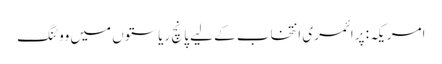
امریکہ: پرائمری انتخاب کے لیے پانچ ریاستوں میں ووٹنگ